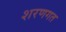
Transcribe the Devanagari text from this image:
शरणगत